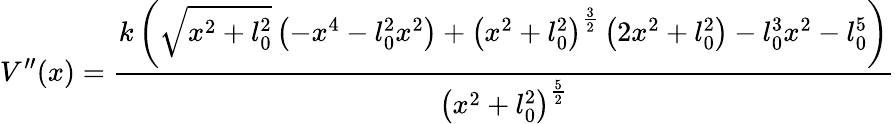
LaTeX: V^{\prime\prime}(x)=\frac{k\left(\sqrt{x^{2}+l_{0}^{2}}\left(-x^{4}-l_{0}^{2}x^{2}\right)+\left(x^{2}+l_{0}^{2}\right)^{\frac{3}{2}}\left(2x^{2}+l_{0}^{2}\right)-l_{0}^{3}x^{2}-l_{0}^{5}\right)}{\left(x^{2}+l_{0}^{2}\right)^{\frac{5}{2}}}